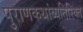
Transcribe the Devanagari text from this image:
पुराणकथांव्यतिरिक्त